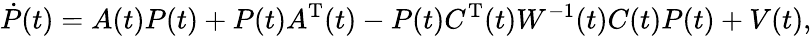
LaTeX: {\dot{P}}(t)=A(t)P(t)+P(t)A^{\mathrm{T}}(t)-P(t)C^{\mathrm{T}}(t){\mathbf{}}W^{-1}(t)C(t)P(t)+V(t),